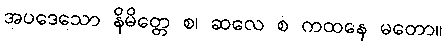
အပဒေသော နိမိတ္တေ စ၊ ဆလေ စ ကထနေ မတော။